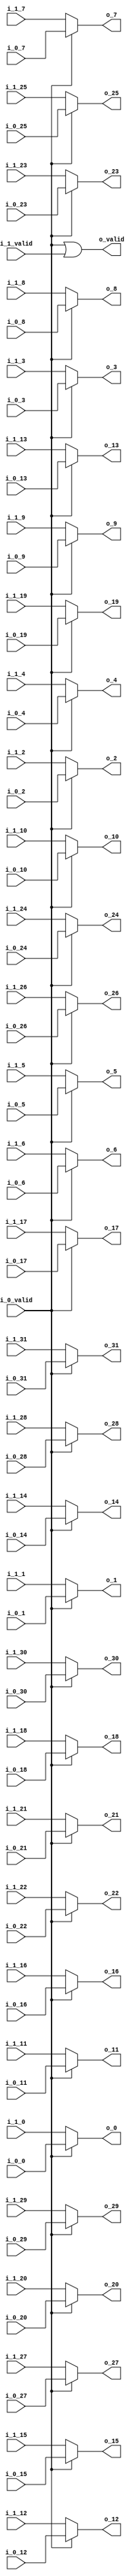
//company       : xm tech
//project name  : H265i
//top module    : dct_top_2d.v
//data          : 2018.01.25
//delay         : 0 clk 
//describe      :
//modification  :
//v1.0          :
module mux_3(
          i_0_valid  ,
          i_0_0     ,
          i_0_1     ,
          i_0_2     ,
          i_0_3     ,
          i_0_4     ,
          i_0_5     ,
          i_0_6     ,
          i_0_7     ,
          i_0_8     ,
          i_0_9     ,
          i_0_10    ,
          i_0_11    ,
          i_0_12    ,
          i_0_13    ,
          i_0_14    ,
          i_0_15    ,
          i_0_16    ,
          i_0_17    ,
          i_0_18    ,
          i_0_19    ,
          i_0_20    ,
          i_0_21    ,
          i_0_22    ,
          i_0_23    ,
          i_0_24    ,
          i_0_25    ,
          i_0_26    ,
          i_0_27    ,
          i_0_28    ,
          i_0_29    ,
          i_0_30    ,
          i_0_31    ,
          
          i_1_valid  ,
          i_1_0     ,
          i_1_1     ,
          i_1_2     ,
          i_1_3     ,
          i_1_4     ,
          i_1_5     ,
          i_1_6     ,
          i_1_7     ,
          i_1_8     ,
          i_1_9     ,
          i_1_10    ,
          i_1_11    ,
          i_1_12    ,
          i_1_13    ,
          i_1_14    ,
          i_1_15    ,
          i_1_16    ,
          i_1_17    ,
          i_1_18    ,
          i_1_19    ,
          i_1_20    ,
          i_1_21    ,
          i_1_22    ,
          i_1_23    ,
          i_1_24    ,
          i_1_25    ,
          i_1_26    ,
          i_1_27    ,
          i_1_28    ,
          i_1_29    ,
          i_1_30    ,
          i_1_31    ,
           
//----------------------------------//
          o_valid   ,
          o_0     ,
          o_1     ,
          o_2     ,
          o_3     ,
          o_4     ,
          o_5     ,
          o_6     ,
          o_7     ,
          o_8     ,
          o_9     ,
          o_10    ,
          o_11    ,
          o_12    ,
          o_13    ,
          o_14    ,
          o_15    ,
          o_16    ,
          o_17    ,
          o_18    ,
          o_19    ,
          o_20    ,
          o_21    ,
          o_22    ,
          o_23    ,
          o_24    ,
          o_25    ,
          o_26    ,
          o_27    ,
          o_28    ,
          o_29    ,
          o_30    ,
          o_31    
);

// ********************************************
//                                             
//    INPUT / OUTPUT DECLARATION                                               
//                                                                             
// ********************************************  

input                       i_0_valid    ;
input      [27:0]           i_0_0       ;//signed
input      [27:0]           i_0_1       ;//signed
input      [27:0]           i_0_2       ;//signed
input      [27:0]           i_0_3       ;//signed
input      [27:0]           i_0_4       ;//signed
input      [27:0]           i_0_5       ;//signed
input      [27:0]           i_0_6       ;//signed
input      [27:0]           i_0_7       ;//signed
input      [27:0]           i_0_8       ;//signed
input      [27:0]           i_0_9       ;//signed
input      [27:0]           i_0_10      ;//signed
input      [27:0]           i_0_11      ;//signed
input      [27:0]           i_0_12      ;//signed
input      [27:0]           i_0_13      ;//signed
input      [27:0]           i_0_14      ;//signed
input      [27:0]           i_0_15      ;//signed
input      [27:0]           i_0_16      ;//signed
input      [27:0]           i_0_17      ;//signed
input      [27:0]           i_0_18      ;//signed
input      [27:0]           i_0_19      ;//signed
input      [27:0]           i_0_20      ;//signed
input      [27:0]           i_0_21      ;//signed
input      [27:0]           i_0_22      ;//signed
input      [27:0]           i_0_23      ;//signed
input      [27:0]           i_0_24      ;//signed
input      [27:0]           i_0_25      ;//signed
input      [27:0]           i_0_26      ;//signed
input      [27:0]           i_0_27      ;//signed
input      [27:0]           i_0_28      ;//signed
input      [27:0]           i_0_29      ;//signed
input      [27:0]           i_0_30      ;//signed
input      [27:0]           i_0_31      ;//signed

input                       i_1_valid    ;
input      [27:0]           i_1_0       ;//signed
input      [27:0]           i_1_1       ;//signed
input      [27:0]           i_1_2       ;//signed
input      [27:0]           i_1_3       ;//signed
input      [27:0]           i_1_4       ;//signed
input      [27:0]           i_1_5       ;//signed
input      [27:0]           i_1_6       ;//signed
input      [27:0]           i_1_7       ;//signed
input      [27:0]           i_1_8       ;//signed
input      [27:0]           i_1_9       ;//signed
input      [27:0]           i_1_10      ;//signed
input      [27:0]           i_1_11      ;//signed
input      [27:0]           i_1_12      ;//signed
input      [27:0]           i_1_13      ;//signed
input      [27:0]           i_1_14      ;//signed
input      [27:0]           i_1_15      ;//signed
input      [27:0]           i_1_16      ;//signed
input      [27:0]           i_1_17      ;//signed
input      [27:0]           i_1_18      ;//signed
input      [27:0]           i_1_19      ;//signed
input      [27:0]           i_1_20      ;//signed
input      [27:0]           i_1_21      ;//signed
input      [27:0]           i_1_22      ;//signed
input      [27:0]           i_1_23      ;//signed
input      [27:0]           i_1_24      ;//signed
input      [27:0]           i_1_25      ;//signed
input      [27:0]           i_1_26      ;//signed
input      [27:0]           i_1_27      ;//signed
input      [27:0]           i_1_28      ;//signed
input      [27:0]           i_1_29      ;//signed
input      [27:0]           i_1_30      ;//signed
input      [27:0]           i_1_31      ;//signed

output wire                     o_valid   ;
output wire    [27:0]           o_0       ;//signed
output wire    [27:0]           o_1       ;//signed
output wire    [27:0]           o_2       ;//signed
output wire    [27:0]           o_3       ;//signed
output wire    [27:0]           o_4       ;//signed
output wire    [27:0]           o_5       ;//signed
output wire    [27:0]           o_6       ;//signed
output wire    [27:0]           o_7       ;//signed
output wire    [27:0]           o_8       ;//signed
output wire    [27:0]           o_9       ;//signed
output wire    [27:0]           o_10      ;//signed
output wire    [27:0]           o_11      ;//signed
output wire    [27:0]           o_12      ;//signed
output wire    [27:0]           o_13      ;//signed
output wire    [27:0]           o_14      ;//signed
output wire    [27:0]           o_15      ;//signed
output wire    [27:0]           o_16      ;//signed
output wire    [27:0]           o_17      ;//signed
output wire    [27:0]           o_18      ;//signed
output wire    [27:0]           o_19      ;//signed
output wire    [27:0]           o_20      ;//signed
output wire    [27:0]           o_21      ;//signed
output wire    [27:0]           o_22      ;//signed
output wire    [27:0]           o_23      ;//signed
output wire    [27:0]           o_24      ;//signed
output wire    [27:0]           o_25      ;//signed
output wire    [27:0]           o_26      ;//signed
output wire    [27:0]           o_27      ;//signed
output wire    [27:0]           o_28      ;//signed
output wire    [27:0]           o_29      ;//signed
output wire    [27:0]           o_30      ;//signed
output wire    [27:0]           o_31      ;//signed

assign o_valid = i_0_valid || i_1_valid ;
assign o_0  = i_0_valid ? i_0_0   : i_1_0   ;
assign o_1  = i_0_valid ? i_0_1   : i_1_1   ;
assign o_2  = i_0_valid ? i_0_2   : i_1_2   ;
assign o_3  = i_0_valid ? i_0_3   : i_1_3   ;
assign o_4  = i_0_valid ? i_0_4   : i_1_4   ;
assign o_5  = i_0_valid ? i_0_5   : i_1_5   ;
assign o_6  = i_0_valid ? i_0_6   : i_1_6   ;
assign o_7  = i_0_valid ? i_0_7   : i_1_7   ;
assign o_8  = i_0_valid ? i_0_8   : i_1_8   ;
assign o_9  = i_0_valid ? i_0_9   : i_1_9   ;
assign o_10 = i_0_valid ? i_0_10  : i_1_10  ;
assign o_11 = i_0_valid ? i_0_11  : i_1_11  ;
assign o_12 = i_0_valid ? i_0_12  : i_1_12  ;
assign o_13 = i_0_valid ? i_0_13  : i_1_13  ;
assign o_14 = i_0_valid ? i_0_14  : i_1_14  ;
assign o_15 = i_0_valid ? i_0_15  : i_1_15  ;
assign o_16 = i_0_valid ? i_0_16  : i_1_16   ;
assign o_17 = i_0_valid ? i_0_17  : i_1_17   ;
assign o_18 = i_0_valid ? i_0_18  : i_1_18   ;
assign o_19 = i_0_valid ? i_0_19  : i_1_19   ;
assign o_20 = i_0_valid ? i_0_20  : i_1_20  ;
assign o_21 = i_0_valid ? i_0_21  : i_1_21  ;
assign o_22 = i_0_valid ? i_0_22  : i_1_22  ;
assign o_23 = i_0_valid ? i_0_23  : i_1_23  ;
assign o_24 = i_0_valid ? i_0_24  : i_1_24  ;
assign o_25 = i_0_valid ? i_0_25  : i_1_25  ;
assign o_26 = i_0_valid ? i_0_26  : i_1_26   ;
assign o_27 = i_0_valid ? i_0_27  : i_1_27   ;
assign o_28 = i_0_valid ? i_0_28  : i_1_28   ;
assign o_29 = i_0_valid ? i_0_29  : i_1_29   ;
assign o_30 = i_0_valid ? i_0_30  : i_1_30  ;
assign o_31 = i_0_valid ? i_0_31  : i_1_31  ;



endmodule